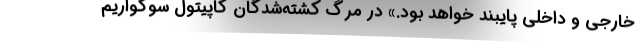
خارجی و داخلی پایبند خواهد بود.» در مرگ کشته‌شدگان کاپیتول سوگواریم